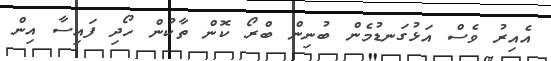
އެއިރު ވެސް އަޅުގަނޑުމެން ބުނިން ބްރޯ ކޮން ތާކުން ހޯދި ފައިސާ އިން